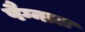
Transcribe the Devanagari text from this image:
पैग्नाल